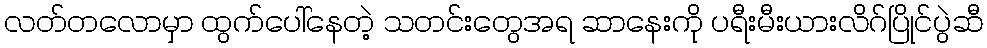
လတ်တလောမှာ ထွက်ပေါ်နေတဲ့ သတင်းတွေအရ ဆာနေးကို ပရီးမီးယားလိဂ်ပြိုင်ပွဲဆီ